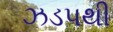
ઝડપથી